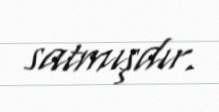
satmışdır.